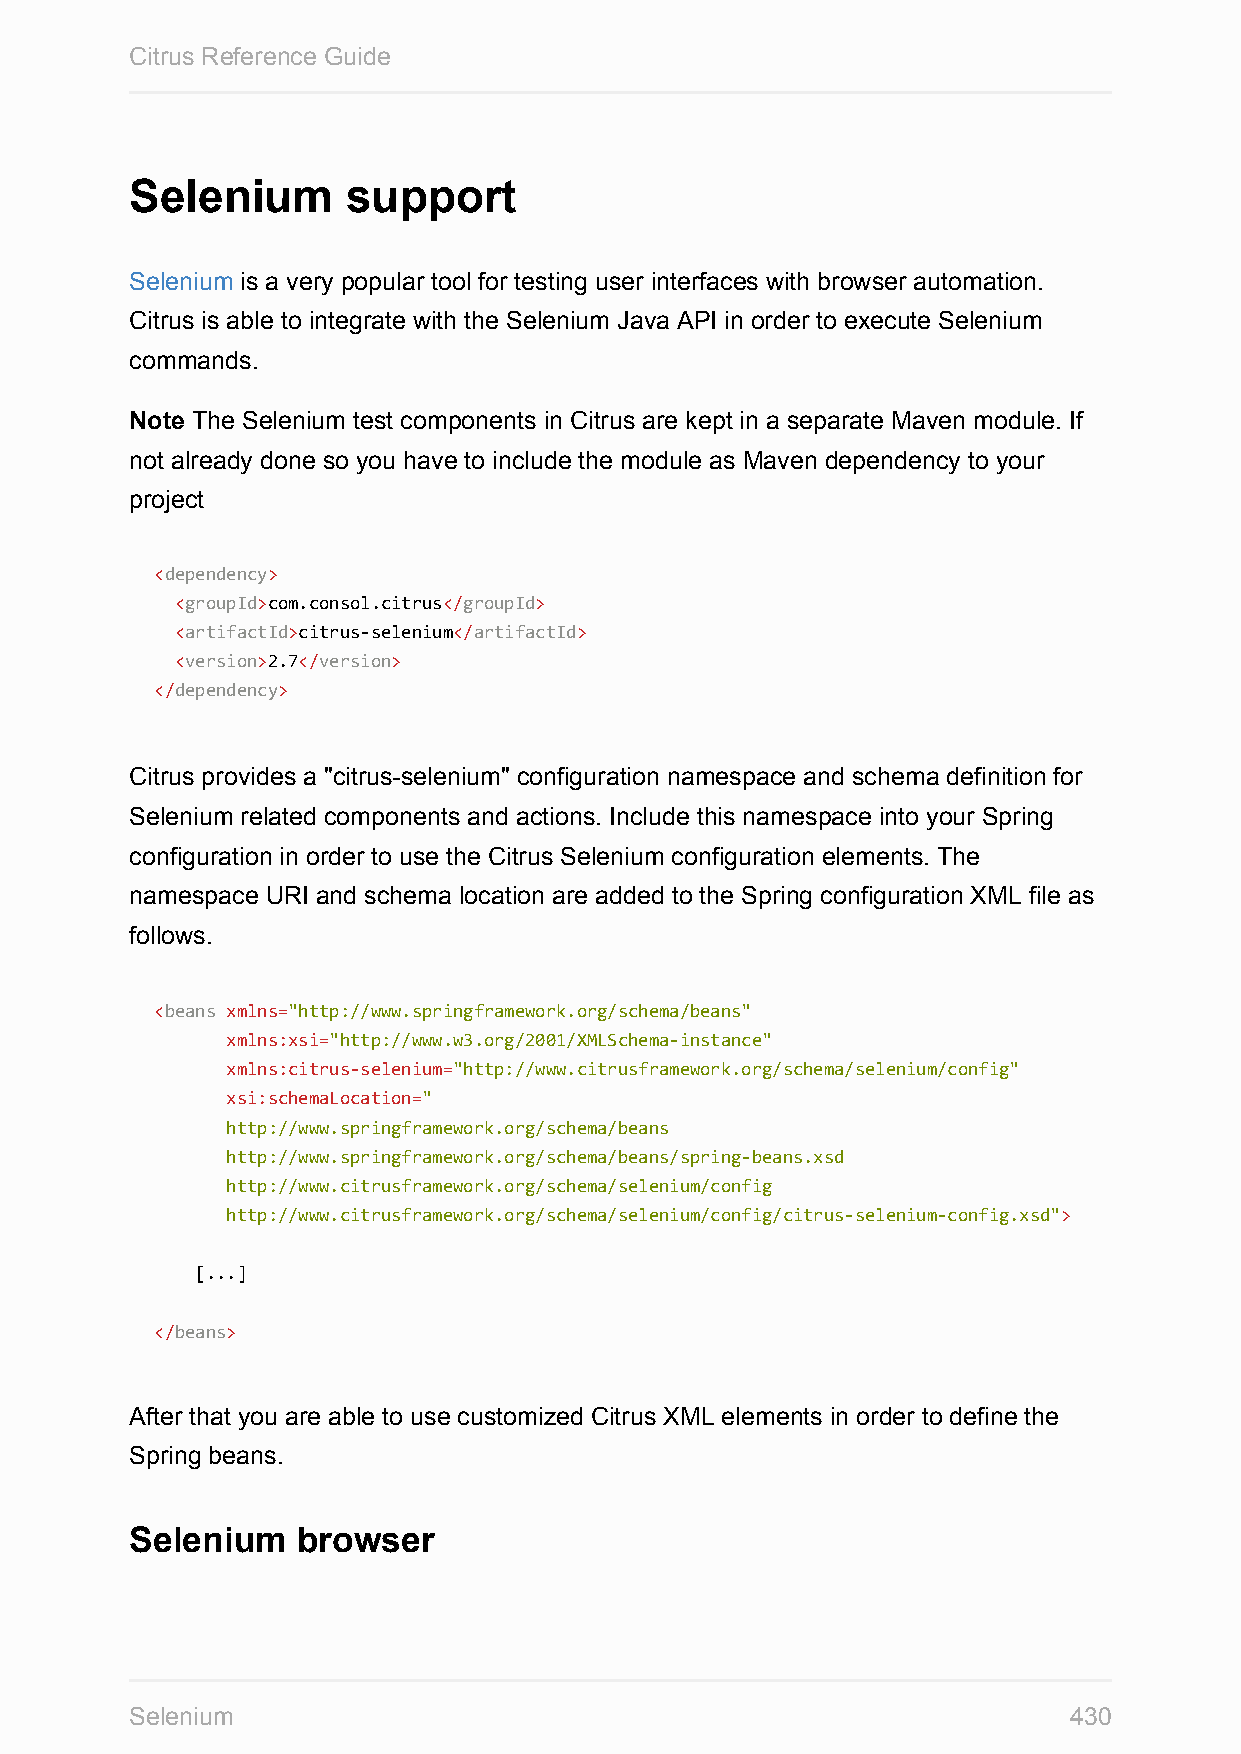
Citrus Reference Guide
 Selenium      support
 Selenium is a very popular tool for testing user interfaces with browser automation.
 Citrus is able to integrate with the Selenium Java API in order to execute Selenium
 commands.
 Note The Selenium test components in Citrus are kept in a separate Maven module. If
 not already done so you have to include the module as Maven dependency to your
 project
 <dependency>
 <groupId>com.consol.citrus</groupId>
 <artifactId>citrus-selenium</artifactId>
 <version>2.7</version>
 </dependency>
 Citrus provides a "citrus-selenium" configuration namespace and schema definition for
 Selenium related components and actions. Include this namespace into your Spring
 configuration in order to use the Citrus Selenium configuration elements. The
 namespace URI and schema location are added to the Spring configuration XML file as
 follows.
 <beans xmlns="http://www.springframework.org/schema/beans"
 xmlns:xsi="http://www.w3.org/2001/XMLSchema-instance"
 xmlns:citrus-selenium="http://www.citrusframework.org/schema/selenium/config"
 xsi:schemaLocation="
 http://www.springframework.org/schema/beans
 http://www.springframework.org/schema/beans/spring-beans.xsd
 http://www.citrusframework.org/schema/selenium/config
 http://www.citrusframework.org/schema/selenium/config/citrus-selenium-config.xsd">
 [...]
 </beans>
 After that you are able to use customized Citrus XML elements in order to define the
 Spring beans.
 Selenium   browser
 Selenium                                                      430